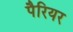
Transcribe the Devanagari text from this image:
पैरियर